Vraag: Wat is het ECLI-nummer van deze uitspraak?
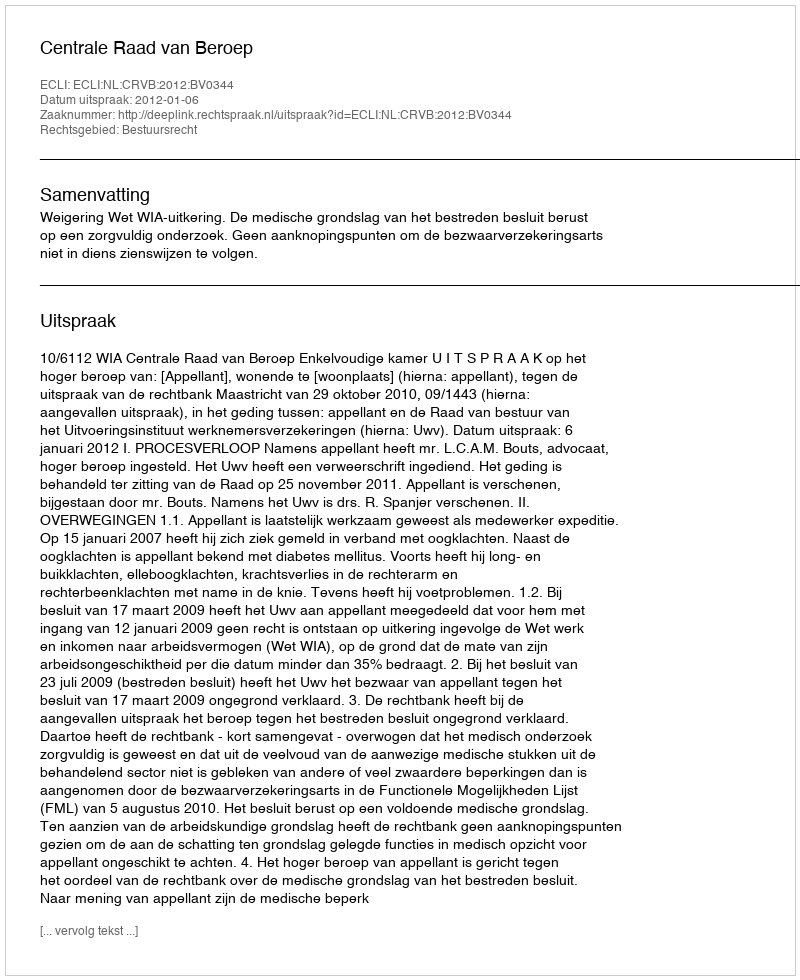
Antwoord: ECLI:NL:CRVB:2012:BV0344